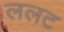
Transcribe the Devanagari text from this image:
ललट